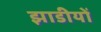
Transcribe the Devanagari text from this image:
झाडीयों